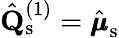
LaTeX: \hat{\mathbf{Q}}_{\mathrm{s}}^{(1)}=\hat{\pmb{\mu}}_{\mathrm{s}}